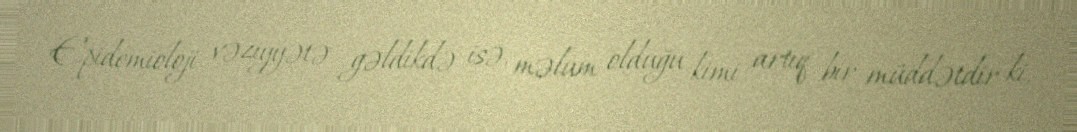
Epidemioloji vəziyyətə gəldikdə isə, məlum olduğu kimi artıq bir müddətdir ki,